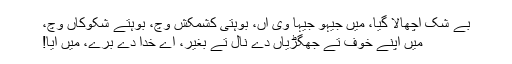
بے شک اُچھالا گیا، میں جیہو جیہا وی آں، بوہتی کشمکش وِچ، بوہتے شکوکاں وِچ،
میں اپنے خوف تے جھگڑیاں دے نال تے بغیر، اے خُدا دے برّے، میں آیا!